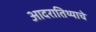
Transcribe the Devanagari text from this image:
आदरातिथ्याचे